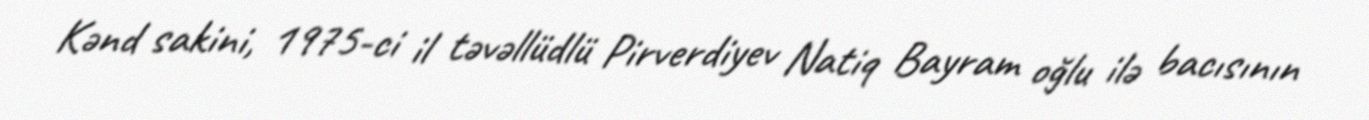
Kənd sakini, 1975-ci il təvəllüdlü Pirverdiyev Natiq Bayram oğlu ilə bacısının